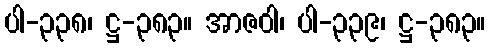
ပါ-၃၃၈၊ ဋ္ဌ-၃၈၃။ အာဇဝါ၊ ပါ-၃၃၉၊ ဋ္ဌ-၃၈၃။